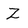
Character: Z